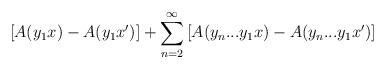
LaTeX: \begin{align*}\left[ A(y_1 x) - A(y_1 x') \right] + \sum_{n = 2}^\infty \left[ A(y_n...y_1x) - A(y_n...y_1x') \right]\end{align*}